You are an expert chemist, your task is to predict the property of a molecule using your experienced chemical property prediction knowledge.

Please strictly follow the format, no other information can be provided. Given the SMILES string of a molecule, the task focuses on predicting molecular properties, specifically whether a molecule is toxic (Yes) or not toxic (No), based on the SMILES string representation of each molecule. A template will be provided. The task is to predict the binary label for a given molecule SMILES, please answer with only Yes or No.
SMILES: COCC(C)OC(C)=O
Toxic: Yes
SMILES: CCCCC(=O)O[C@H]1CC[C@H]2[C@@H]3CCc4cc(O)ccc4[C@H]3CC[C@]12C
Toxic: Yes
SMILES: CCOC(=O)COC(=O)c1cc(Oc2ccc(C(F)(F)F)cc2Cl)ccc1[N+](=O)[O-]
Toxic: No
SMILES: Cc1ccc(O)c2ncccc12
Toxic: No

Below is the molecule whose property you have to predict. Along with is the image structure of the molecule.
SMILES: CC[C@H]1[C@@H]2C[C@H]3[C@@H]4N(C)c5ccccc5[C@]45C[C@@H](C2[C@H]5O)N3[C@@H]1O
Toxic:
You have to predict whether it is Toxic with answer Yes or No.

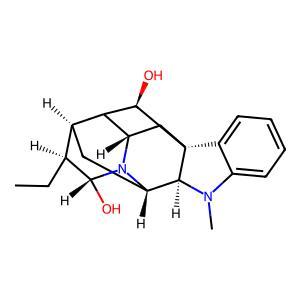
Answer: No